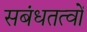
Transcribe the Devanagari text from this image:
सबंधतत्वों